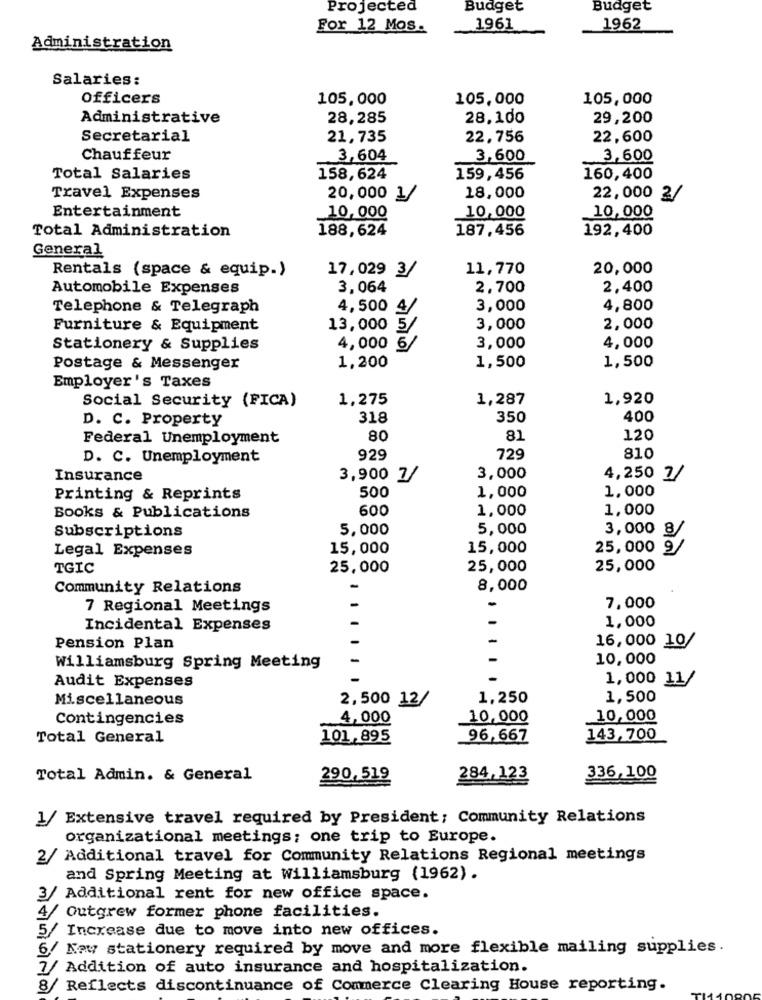
Projected
Budget
Budget
For 12 Mos.
1961
1962
Administration
Salaries:
Officers
105,000
105,000
105,000
Administrative
28,285
28.100
29,200
Secretarial
21,735
22,756
22,600
Chauffeur
3,604
3,600
3,600
Total Salaries
158,624
159,456
160,400
Travel Expenses
20,000 1/
18,000
22,000 2/
Entertainment
10,000
10,000
10,000
Total Administration
188,624
187,456
192,400
General
17,029 3/
11,770
20,000
Rentals (space & equip.)
Automobile Expenses
3,064
2.700
2,400
Telephone & Telegraph
4,500 4/
3,000
4,800
Furniture & Equipment
13,000 5/
3,000
2,000
Stationery & Supplies
4,000
3,000
4,000
1,200
1,500
1,500
Postage & Messenger
Employer's Taxes
1,275
1,287
1,920
Social Security (FICA)
D. C. Property
318
350
400
Federal Unemployment
80
81
120
D. C. Unemployment
929
729
810
Insurance
3,900 7/
3,000
4,250 2/
500
1,000
Printing & Reprints
1,000
600
1,000
1,000
Books & Publications
5,000
5,000
Subscriptions
3,000 8/
Legal Expenses
15,000
15,000
25,000 9/
TGIC
25,000
25,000
25,000
Community Relations
-
8,000
7 Regional Meetings
7,000
1,000
Incidental Expenses
Pension Plan
16,000 10/
10,000
Williamsburg Spring Meeting
1,000 11/
Audit Expenses
Miscellaneous
2,500 12/
1,250
1,500
Contingencies
4,000
10,000
10,000
Total General
101,895
96,667
143,700
Total Admin. & General
290,519
284,123
336,100
1
Extensive travel required by President: Community Relations
organizational meetings; one trip to Europe.
2/
Additional travel for Community Relations Regional meetings
and Spring Meeting at Williamsburg (1962).
3/ Additional rent for new office space.
4
Outgrew former phone facilities.
5/
Increase due to move into new offices.
6/ Kaw stationery required by move and more flexible mailing supplies.
7/ Addition of auto insurance and hospitalization.
8/
Reflects discontinuance of Commerce Clearing House reporting.